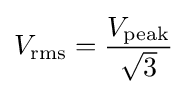
V_{\text{rms}}={\frac {V_{\text{peak}}}{\sqrt {3}}}